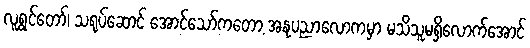
လူရွှင်တော်၊ သရုပ်ဆောင် အောင်သော်ကတော့ အနုပညာလောကမှာ မသိသူမရှိလောက်အောင်